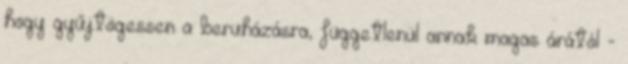
hogy gyűjtögessen a beruházásra, függetlenül annak magas árától -